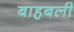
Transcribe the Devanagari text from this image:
बाहबली